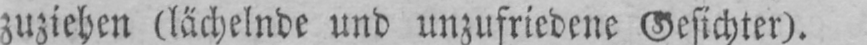
zuziehen (lächelnde und unzufriedene Gesichter).